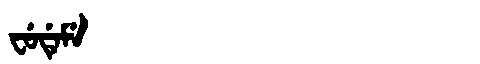
Manchu: ᠸᡠᡩᡝᠮᡝ
Romanization: FUDEME